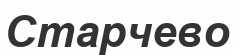
Старчево